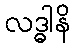
လဒ္ဓါနိ